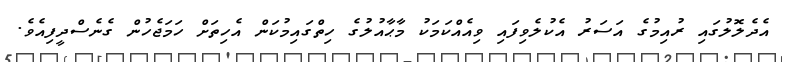
އެދެލޮލުގައި ރުއިމުގެ އަސަރު އެކުލެވިފައި ވިއެއްކަމަކު މާޙާއުލުގެ ހިތްގައިމުކަން އެހިތަށް ހަމަޖެހުން ގެެނެސްދީފިއެވެ.